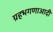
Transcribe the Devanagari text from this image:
ग्रहभगणाआदी